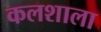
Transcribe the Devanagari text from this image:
कलशाला